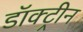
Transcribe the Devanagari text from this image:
डॉक्ट्रीन